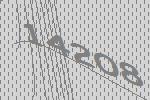
14208